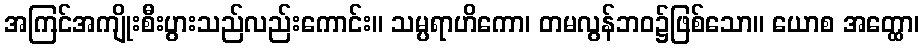
အကြင်အကျိုးစီးပွားသည်လည်းကောင်း။ သမ္ပရာဟိကော၊ တမလွန်ဘဝ၌ဖြစ်သော။ ယောစ အတ္ထော၊